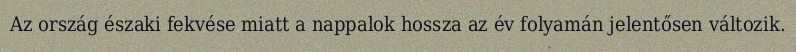
Az ország északi fekvése miatt a nappalok hossza az év folyamán jelentősen változik.